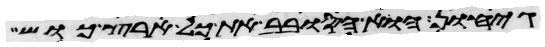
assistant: גיחון הוא הסובב את כל ארץ כוש